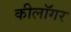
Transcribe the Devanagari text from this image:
कीलॉगर